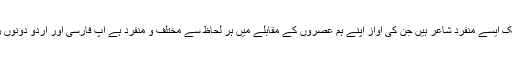
قدرت اﷲ قدرتؔ اس دور کے ایک ایسے منفرد شاعر ہیں جن کی آواز اپنے ہم عصروں کے مقابلے میں ہر لحاظ سے مختلف و منفرد ہے آپؔ فارسی اور اردو دونوں زبانوں میں شاعری کرتے تھے۔